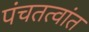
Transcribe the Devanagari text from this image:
पंचतत्वांत